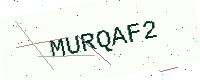
Text: MURQAF2